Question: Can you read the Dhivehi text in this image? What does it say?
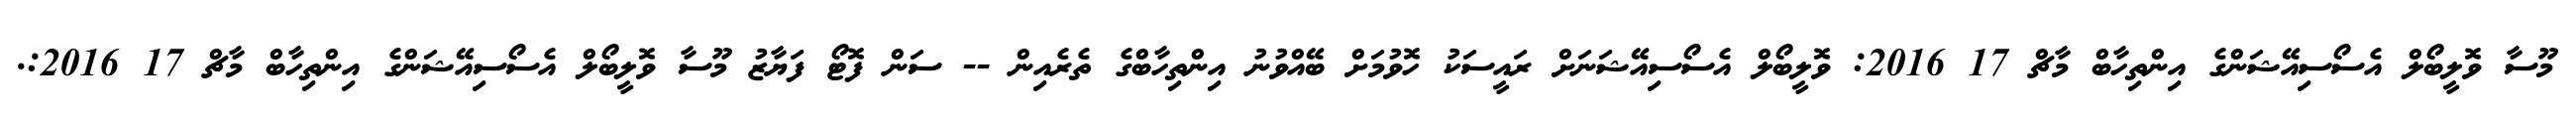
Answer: މޫސާ ވޮލީބޯލް އެސޯސިއޭޝަންގެ އިންތިހާބް މާޗް 17 2016: ވޮލީބޯލް އެސޯސިއޭޝަނަށް ރައީސަކު ހޮވުމަށް ބޭއްވުނު އިންތިހާބްގެ ތެރެއިން -- ސަން ފޮޓޯ ފަޔާޒު މޫސާ ވޮލީބޯލް އެސޯސިއޭޝަންގެ އިންތިހާބް މާޗް 17 2016:.